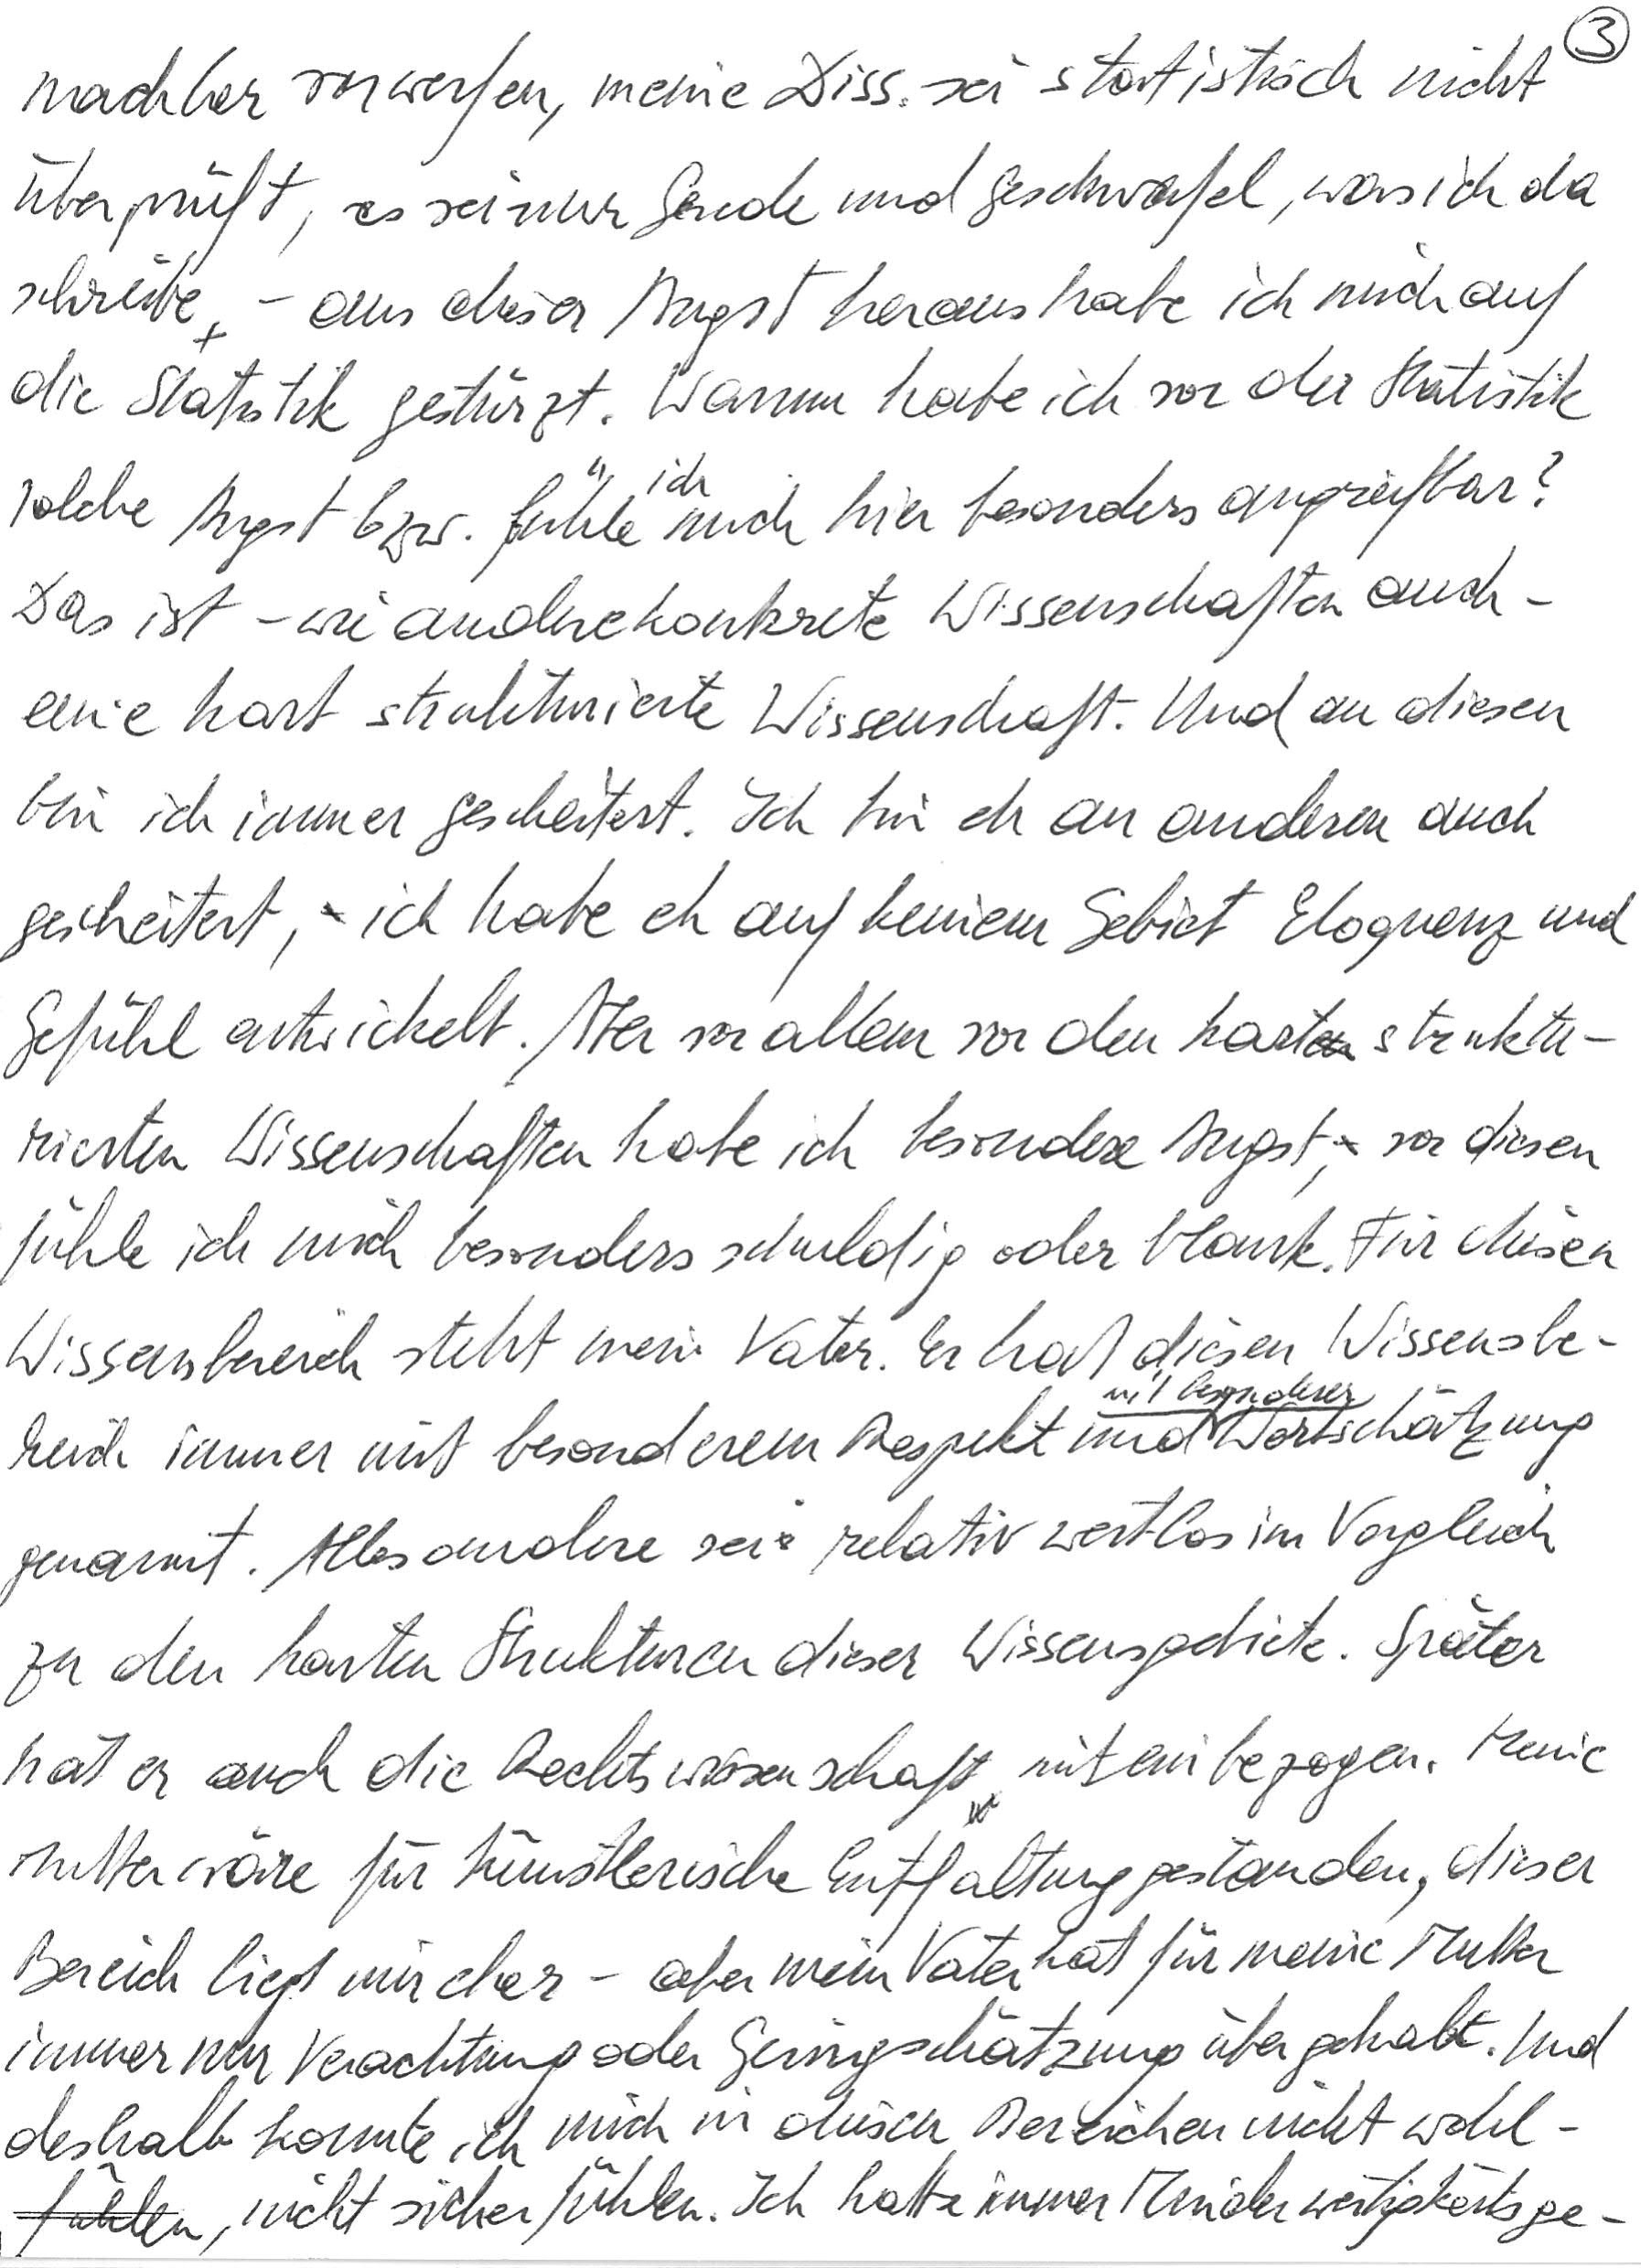
nachher vorwerfen, meine Diss. sei statistisch nicht
überprüft, es sei nur Gerede und Geschwafel, was ich da
schreibe – aus dieser Angst heraus habe ich mich auf
die Statistik gestürzt. Warum habe ich vor der Statistik
solche Angst bzw. fühle ich mich hier besonders angreifbar?
Das ist – wie andere konkrete Wissenschaften auch –
eine hart strukturierte Wissenschaft. Und an diesen
bin ich immer gescheitert. Ich bin eh an anderen auch
gescheitert, ich habe eh auf keinem Gebiet Eloquenz und
Gefühl entwickelt. Aber vor allem vor den hart struktu-
rierten Wissenschaften habe ich besondere Angst, vor diesen
fühle ich mich besonders schuldig oder blank. Für diesen
Wissensbereich steht mein Vater. Er hat diesen Wissensbe-
reich immer mit besonderem Respekt und mit besonderer Wertschätzung
genannt. Alles andere sei relativ wertlos im Vergleich
zu den harten Strukturen dieser Wissensgebiete. Später
hat er auch die Rechtswissenschaft miteinbezogen. Meine
Mutter wäre für künstlerische Entfaltung gestanden, dieser
Bereich liegt mir eher – aber mein Vater hat für meine Mutter
immer nur Verachtung oder Geringschätzung übergehabt. Und
deshalb konnte ich mich in diesen Bereichen nicht wohl-
fühlen, nicht sicher fühlen. Ich hatte immer Minderwertigkeitsge-